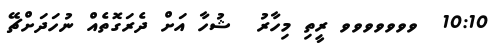
10:10  ވވވވވވވ ރީތި މިހާރު  ޝުހާ އަށް ދެރަގޮތެއް ނުހަދަށްޗޭ